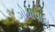
ગોધાવાડા